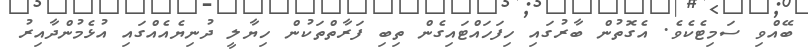
ބޭއްވި ސަމިޓެކެވެ. އެގޮތުން ބާރުގައި ހިފަހައްޓައިގެެން ތިބި ފަރާތްތަކުން ހިޔާލީ ދުނިޔެއެއްގައި އުޅެމުންދާއިރު